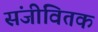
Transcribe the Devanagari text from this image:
संजीवितक